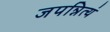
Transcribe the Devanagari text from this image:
जपन्नित्यं